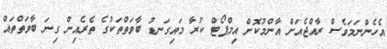
އެހެންނަމަވެސް ރާއްޖެއަށް އާންމުކޮށް އިމްޕޯޓް ކުރާ މައިގަނޑު ބާވަތްތަކުގެ ތެރެެއިން ގިނަ ބާވަތްތައް